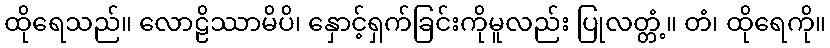
ထိုရေသည်။ လောဠိဿာမိပိ၊ နှောင့်ရှက်ခြင်းကိုမူလည်း ပြုလတ္တံ့။ တံ၊ ထိုရေကို။